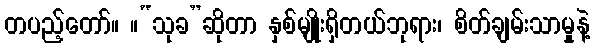
တပည့်တော်။ ။“သုခ”ဆိုတာ နှစ်မျိုးရှိတယ်ဘုရား၊ စိတ်ချမ်းသာမှုနဲ့